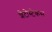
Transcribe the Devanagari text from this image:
शेटोस्टेकस